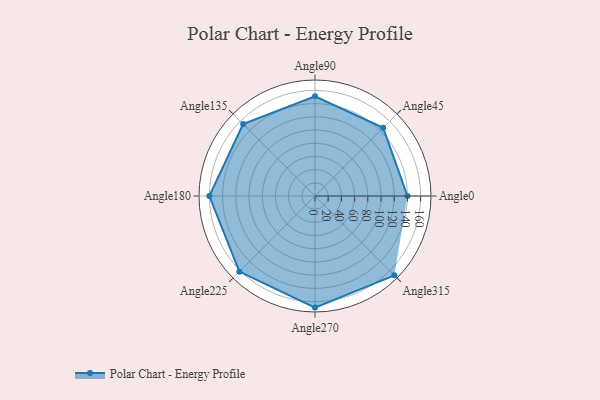
{"axis": {"x": "Angle", "y": "Radius"}, "legend": [""], "data": [{"x": "Angle0", "y": 140.0, "type": ""}, {"x": "Angle45", "y": 146.0, "type": ""}, {"x": "Angle90", "y": 151.0, "type": ""}, {"x": "Angle135", "y": 154.0, "type": ""}, {"x": "Angle180", "y": 160.0, "type": ""}, {"x": "Angle225", "y": 162.0, "type": ""}, {"x": "Angle270", "y": 169.0, "type": ""}, {"x": "Angle315", "y": 170, "type": ""}]}